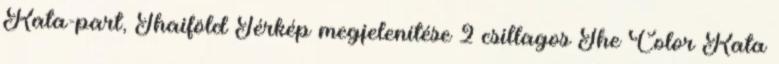
Kata-part, Thaiföld Térkép megjelenítése 2 csillagos The Color Kata